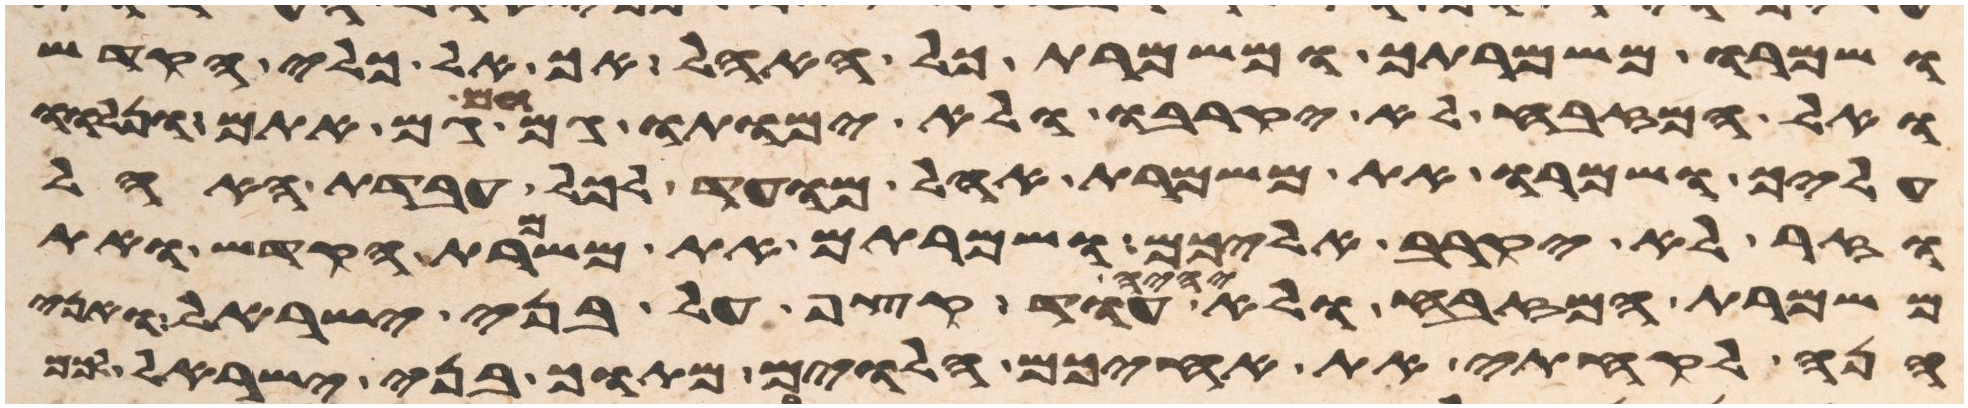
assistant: ושמרו משמרתך ומשמרת כל האהל אך אל כלי הקדש
ואל המזבח לא יקרבו ולא ימותו גם הם גם אתם ונלוו
עליך ושמרו את משמרת אהל מועד לכל עבדת האהל
וזר לא יקרב אליכם ושמרתם את משמרת הקדש ואת
משמרת המזבח ולא יהיה עוד קצף על בני ישראל ואני
הנה לקחתי את אחיכם הלוים מתוך בני ישראל לכם